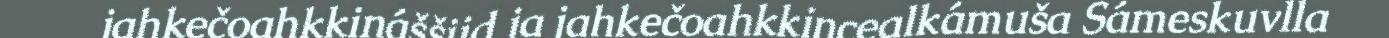
jahkečoahkkináššiid ja jahkečoahkkincealkámuša Sámeskuvlla